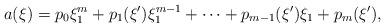
LaTeX: \begin{align*}a(\xi)=p_0\xi_1^m+p_1(\xi')\xi_1^{m-1}+\cdots+p_{m-1}(\xi')\xi_1+p_m(\xi'),\end{align*}